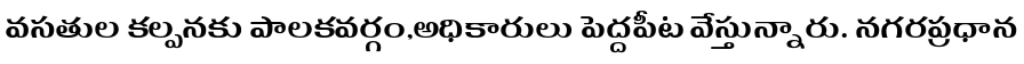
వసతుల కల్పనకు పాలకవర్గం,అధికారులు పెద్దపీట వేస్తున్నారు. నగరప్రధాన